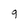
Character: 9